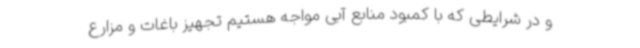
و در شرایطی که با کمبود منابع آبی مواجه هستیم تجهیز باغات و مزارع